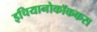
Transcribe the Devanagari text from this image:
इचियानोकॉककस